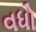
વધો